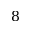
8